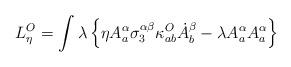
LaTeX: \begin{align*}L_\eta^O = \int\lambda\left\{\eta A^\alpha_a \sigma^{\alpha\beta}_3 \kappa_{ab}^O\dot {A}^\beta_b - \lambda A_a^\alpha A_a^\alpha\right\}\end{align*}